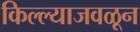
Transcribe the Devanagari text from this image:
किल्ल्याजवळून